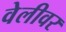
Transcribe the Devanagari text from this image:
वेलीवर